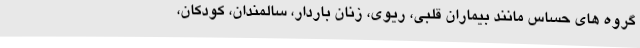
گروه های حساس مانند بیماران قلبی، ریوی، زنان باردار، سالمندان، کودکان،